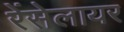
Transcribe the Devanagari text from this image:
रेंसेलायर